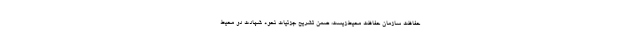
حفاظت سازمان حفاظت محیط‌زیست، ضمن تشریح جزئیات نحوه شهادت دو محیط